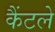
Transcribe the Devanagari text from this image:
कैंटले